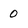
Character: 0